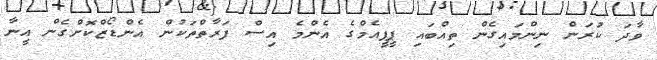
ވާދަ ކުރަން ނިންމައިގެން ތިއްބައި ޕީޕީއެމްގެ އެންމެ އިސް ފަރާތްތަކުން އެންޑޯޒްކޮށްގެން އީނާ